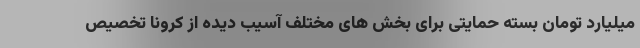
میلیارد تومان بسته حمایتی برای بخش های مختلف آسیب دیده از کرونا تخصیص